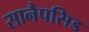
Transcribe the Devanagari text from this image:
सानैपसिड